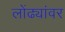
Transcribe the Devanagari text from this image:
लोंढ्यांवर